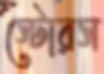
স্টোরস